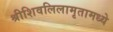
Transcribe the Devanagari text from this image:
श्रीशिवलिलामृतामध्ये